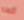
أتعلم